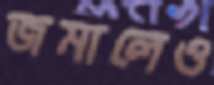
জমালেও